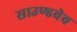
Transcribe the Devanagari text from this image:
साउण्डवेव